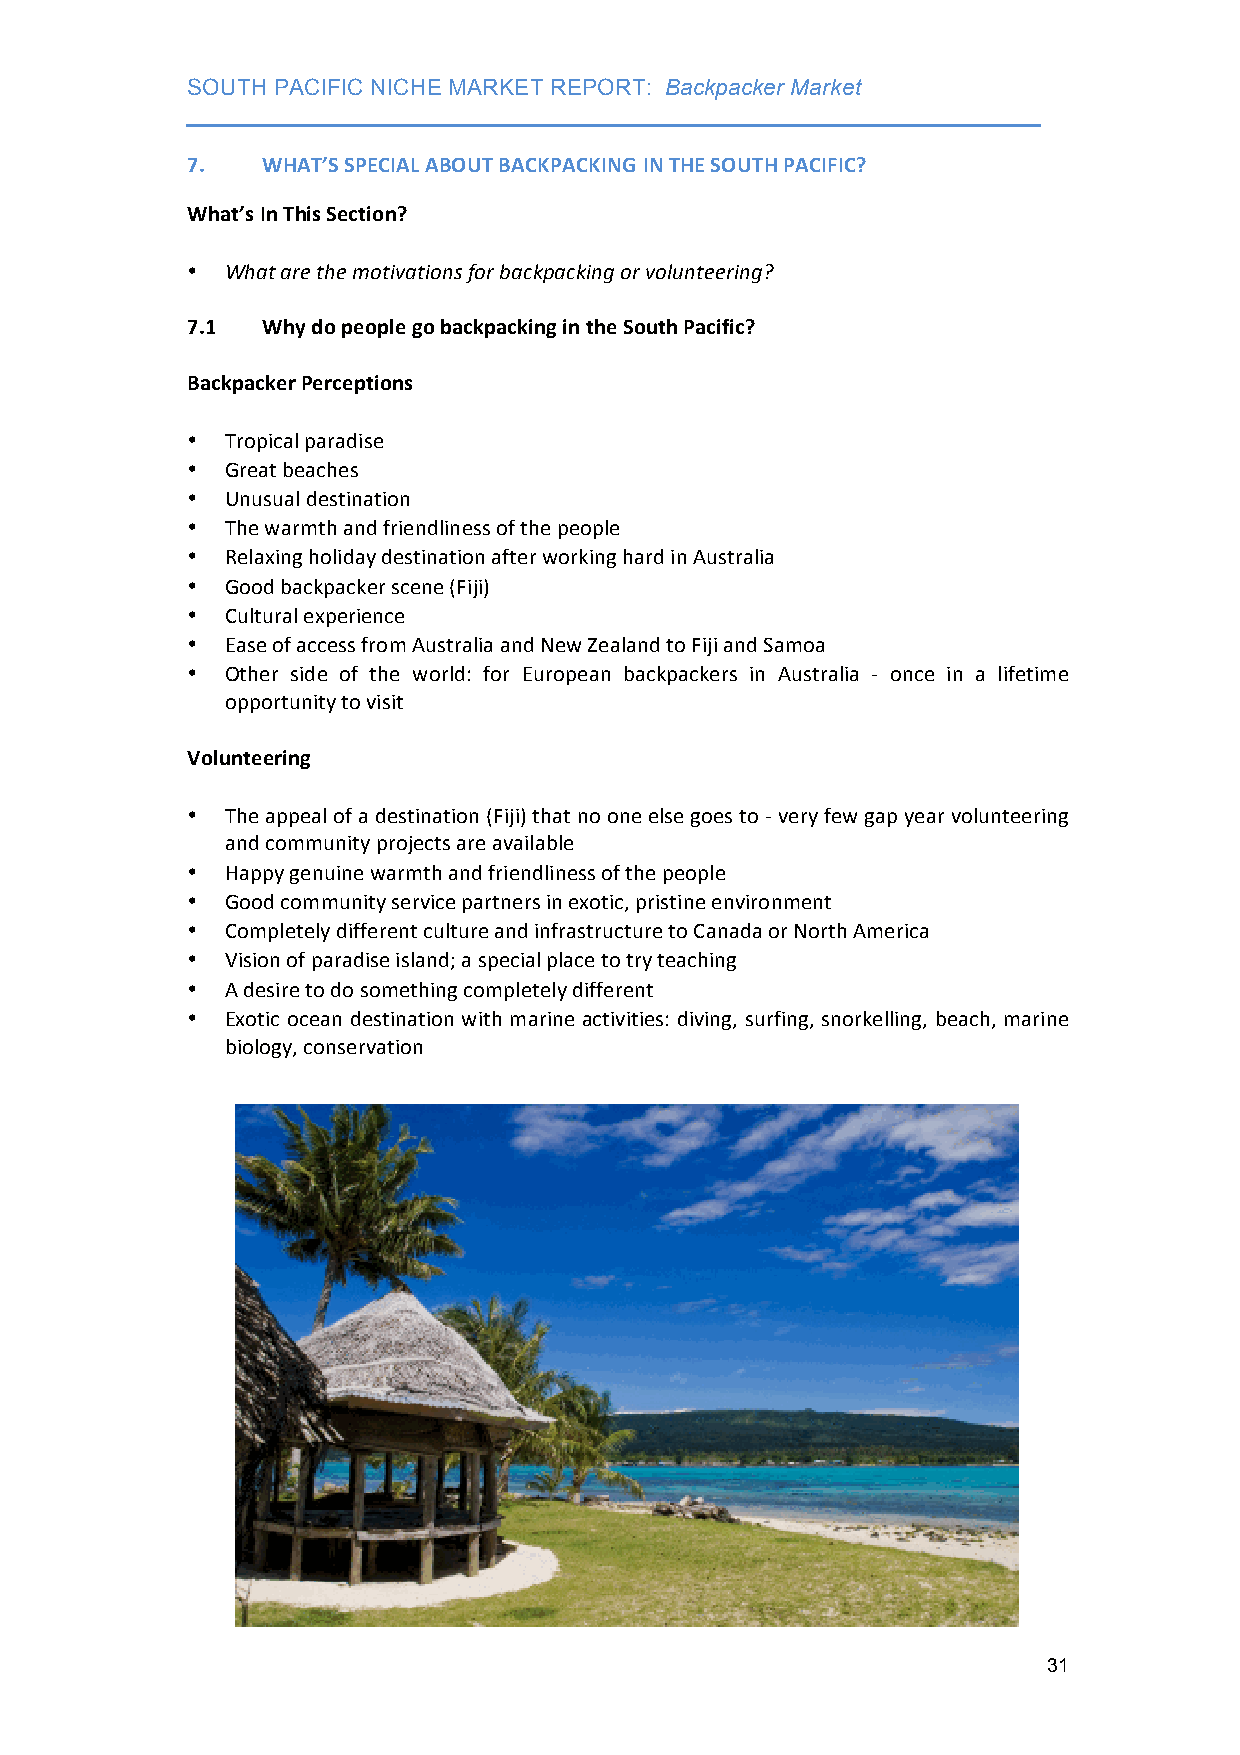
SOUTH PACIFIC NICHE MARKET REPORT: Backpacker Market
 ___________________________________________________________________
 7.   WHAT’S SPECIAL ABOUT BACKPACKING IN THE SOUTH PACIFIC?
 What’s In This Section?
 •  What are the motivations for backpacking or volunteering?
 7.1  Why do people go backpacking in the South Pacific?
 Backpacker Perceptions
 •  Tropical paradise
 •  Great beaches
 •  Unusual destination
 •  The warmth and friendliness of the people
 •  Relaxing holiday destination after working hard in Australia
 •  Good backpacker scene (Fiji)
 •  Cultural experience
 •  Ease of access from Australia and New Zealand to Fiji and Samoa
 •  Other side of the world: for European backpackers in Australia -­‐ once in a lifetime
 opportunity to visit
 Volunteering
 •  The appeal of a destination (Fiji) that no one else goes to -­‐ very few gap year volunteering
 and community projects are available
 •  Happy genuine warmth and friendliness of the people
 •  Good community service partners in exotic, pristine environment
 •  Completely different culture and infrastructure to Canada or North America
 •  Vision of paradise island; a special place to try teaching
 •  A desire to do something completely different
 •  Exotic ocean destination with marine activities: diving, surfing, snorkelling, beach, marine
 biology, conservation
 31